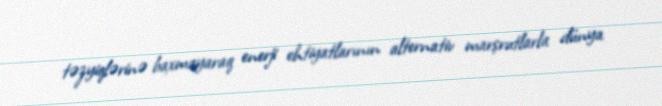
təzyiqlərinə baxmayaraq enerji ehtiyatlarının alternativ marşrutlarla dünya